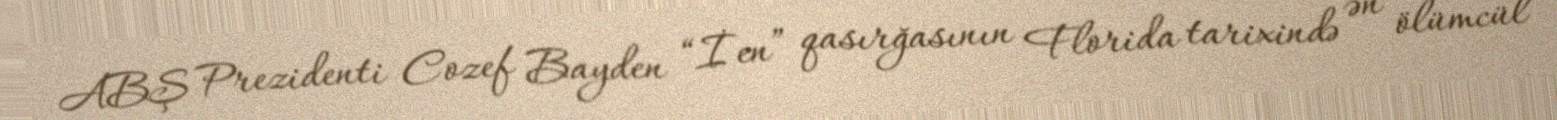
ABŞ Prezidenti Cozef Bayden “İen” qasırğasının Florida tarixində ən ölümcül